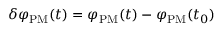
\delta \varphi _ { \mathrm { P M } } ( t ) = \varphi _ { \mathrm { P M } } ( t ) - \varphi _ { \mathrm { P M } } ( t _ { 0 } )